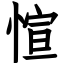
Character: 愃